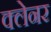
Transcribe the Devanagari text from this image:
क्लेनर